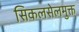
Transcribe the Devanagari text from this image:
सिकलसेलमुक्त